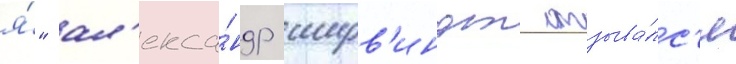
я́" ал'екса́ндр ширв'индт отзыва́лс'я